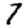
Digit: 7